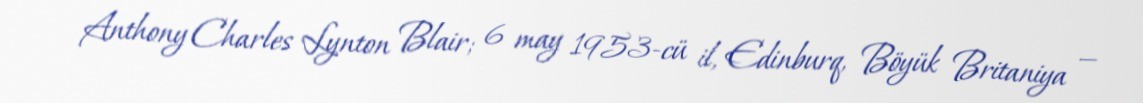
Anthony Charles Lynton Blair; 6 may 1953-cü il, Edinburq, Böyük Britaniya —